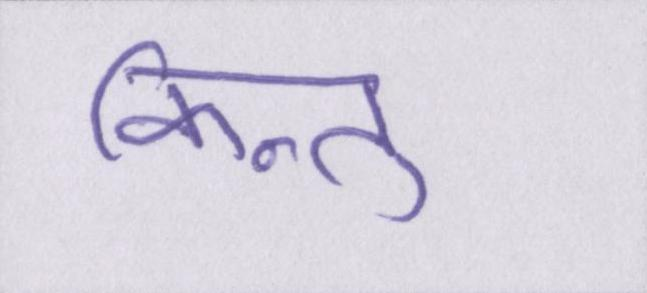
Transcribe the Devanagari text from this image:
किन्तु